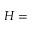
H =